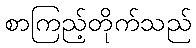
စာကြည့်တိုက်သည်